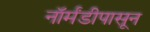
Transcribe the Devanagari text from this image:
नॉर्मंडीपासून